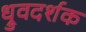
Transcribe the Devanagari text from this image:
ध्रुवदर्शक